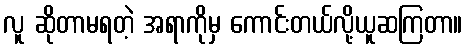
လူ ဆိုတာမရတဲ့ အရာကိုမှ ကောင်းတယ်လို့ယူဆကြတာ။